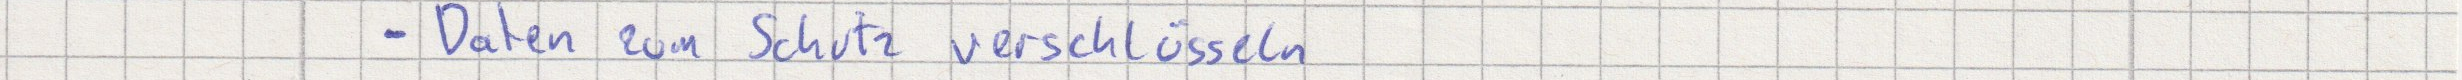
- Daten zum Schutz verschlüsseln